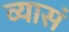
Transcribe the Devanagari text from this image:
व्यासं